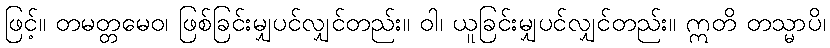
ဖြင့်။ တမတ္တမေဝ၊ ဖြစ်ခြင်းမျှပင်လျှင်တည်း။ ဝါ၊ ယူခြင်းမျှပင်လျှင်တည်း။ ဣတိ တသ္မာပိ၊